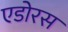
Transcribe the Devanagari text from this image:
एडोरस